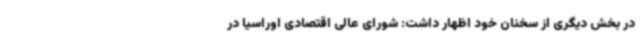
در بخش دیگری از سخنان خود اظهار داشت: شورای عالی اقتصادی اوراسیا در